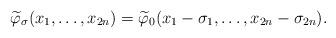
LaTeX: \begin{align*}\widetilde{\varphi}_\sigma (x_1, \dots, x_{2n}) = \widetilde{\varphi}_0(x_1 - \sigma_1, \dots, x_{2n} - \sigma_{2n}).\end{align*}